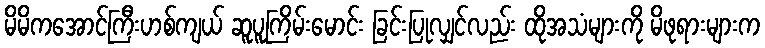
မိမိကအောင်ကြီးဟစ်ကျယ် ဆူပူကြိမ်းမောင်း ခြင်းပြုလျှင်လည်း ထိုအသံများကို မိဖုရားများက